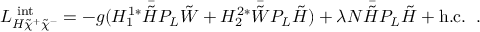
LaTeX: { \cal L } _ { H \tilde { \chi } ^ { + } \tilde { \chi } ^ { - } } ^ { \mathrm { \scriptsize ~ i n t } } = - g ( H _ { 1 } ^ { 1 \ast } \bar { \tilde { H } } P _ { L } \tilde { W } + H _ { 2 } ^ { 2 \ast } \bar { \tilde { W } } P _ { L } \tilde { H } ) + \lambda N \bar { \tilde { H } } P _ { L } \tilde { H } + \mathrm { h . c . } \; \; .